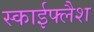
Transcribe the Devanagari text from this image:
स्काईफ्लैश